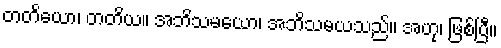
တတိယော၊ တတိယ။ အဘိသမယော၊ အဘိသမယသည်။ အဟု၊ ဖြစ်ပြီ။